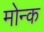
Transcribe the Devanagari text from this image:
मोन्क